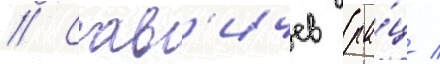
// Сав'ичев (ра́ц /